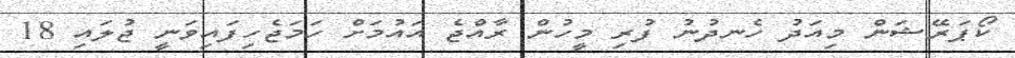
ކޯޕަރޭޝަން މިއަދު ހެނދުނު ފުރި މީހުން ރާއްޖެ އައުމަށް ހަމަޖެހިފައިވަނީ ޖުލައި 18